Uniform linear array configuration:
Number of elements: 4
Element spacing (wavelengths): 0.75
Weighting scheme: blackman
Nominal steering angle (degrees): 0
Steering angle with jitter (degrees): -1.707
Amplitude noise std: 0.05
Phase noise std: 0.05

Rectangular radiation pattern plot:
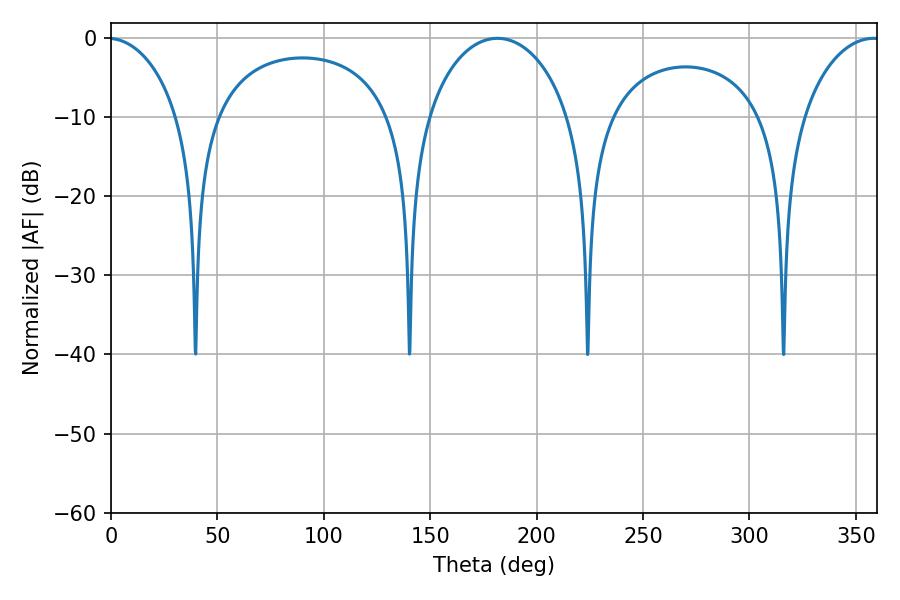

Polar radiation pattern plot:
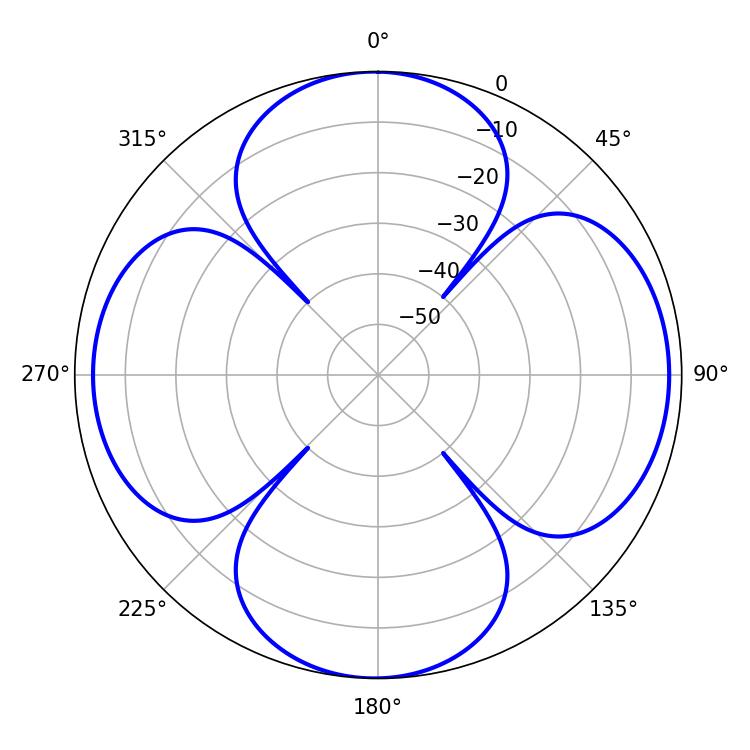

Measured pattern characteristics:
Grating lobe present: TRUE
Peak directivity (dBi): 12.403
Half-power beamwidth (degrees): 21.06
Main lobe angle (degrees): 358.38